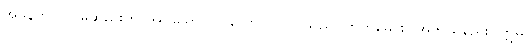
အဖန်တလဲလဲမဆည်းကပ်အပ်သော။ ပုဂ္ဂလော၊ ပုဂ္ဂိုလ်သည်။ ကတမောစ၊ အဘယ်နည်း။ ဣဓ၊